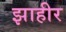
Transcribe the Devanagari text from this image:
झाहीर